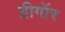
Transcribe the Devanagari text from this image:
ग्रीगॉर